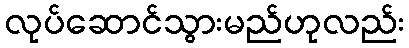
လုပ်ဆောင်သွားမည်ဟုလည်း